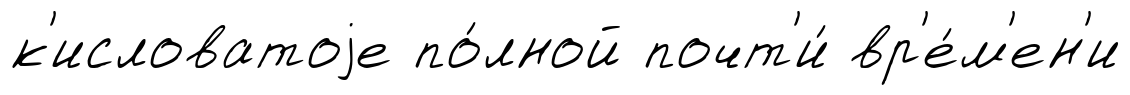
к'исловатоjе по́лной почт'и́ вр'е́м'ен'и